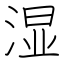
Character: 湿